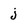
Character: j